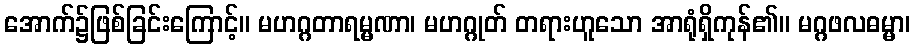
အောက်၌ဖြစ်ခြင်းကြောင့်။ မဟဂ္ဂတာရမ္မဏာ၊ မဟဂ္ဂုတ် တရားဟူသော အာရုံရှိကုန်၏။ မဂ္ဂဖလဓမ္မာ၊